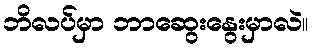
ဘိလပ်မှာ ဘာဆွေးနွေးမှာလဲ။